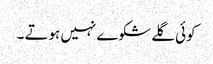
کوئی گلے شکوے نہیں ہوتے ۔